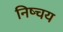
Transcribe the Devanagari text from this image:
निष्चय